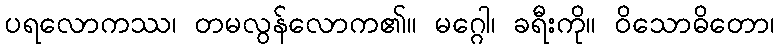
ပရလောကဿ၊ တမလွန်လောက၏။ မဂ္ဂေါ၊ ခရီးကို။ ဝိသောဓိတော၊